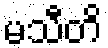
မသီတိ